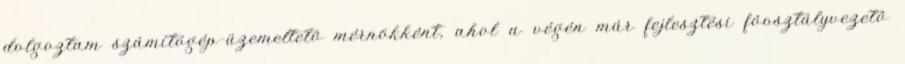
dolgoztam számítógép-üzemeltetô mérnökként, ahol a végén már fejlesztési fôosztályvezetô